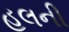
હલની